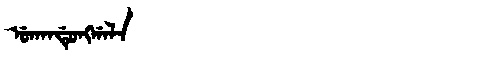
Manchu: ᡠᡴᠠᠨᡩᡠᠩᡤᠠᠯᠠ
Romanization: UKANDUNGGALA